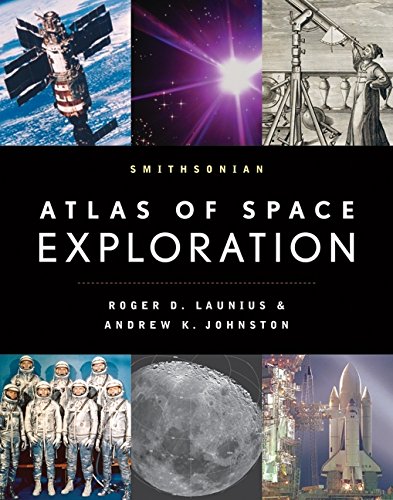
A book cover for Smithsonian Atlas of Space Exploration; Roger D. Launius; Arts & Photography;